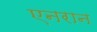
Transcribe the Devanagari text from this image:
एनरान